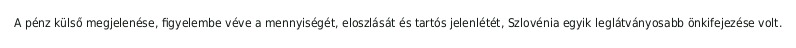
A pénz külső megjelenése, figyelembe véve a mennyiségét, eloszlását és tartós jelenlétét, Szlovénia egyik leglátványosabb önkifejezése volt.